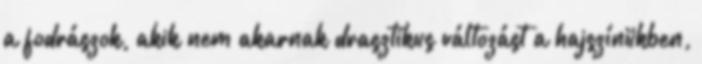
a fodrászok, akik nem akarnak drasztikus változást a hajszínükben,